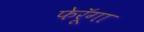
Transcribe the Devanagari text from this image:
फेरूॅगा